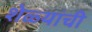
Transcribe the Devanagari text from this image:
शेळ्यांची